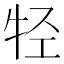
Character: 𰠲